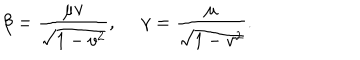
\beta = \frac { \mu v } { \sqrt { 1 - v ^ { 2 } } } , ~ ~ \gamma = \frac { \mu } { \sqrt { 1 - v ^ { 2 } } } .